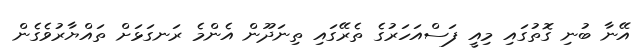
އޭނާ ބުނި ގޮތުގައި މިއީ ފަސްއަހަރުގެ ތެރޭގައި ތިނަދޫން އެންމެ ރަނގަޅަށް ތައްޔާރުވެގެން